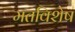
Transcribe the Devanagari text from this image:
मतविशेष